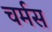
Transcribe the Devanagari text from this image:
चर्मस